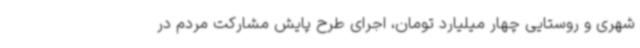
شهری و روستایی چهار میلیارد تومان، اجرای طرح پایش مشارکت مردم در